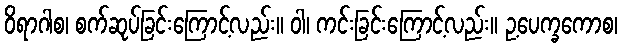
ဝိရာဂါစ၊ စက်ဆုပ်ခြင်းကြောင့်လည်း။ ဝါ၊ ကင်းခြင်းကြောင့်လည်း။ ဥ့ပေက္ခကောစ၊